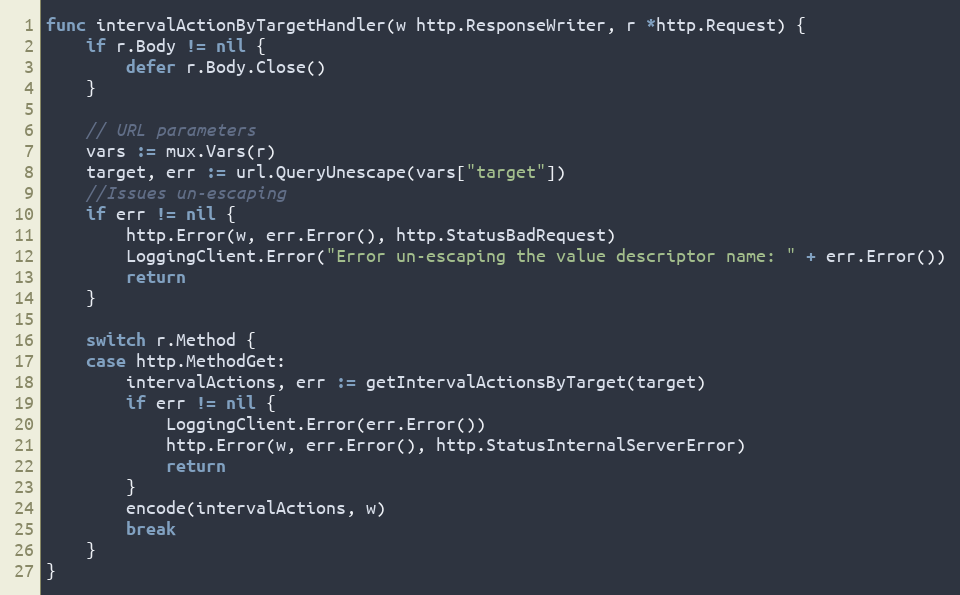
Language: Go
func intervalActionByTargetHandler(w http.ResponseWriter, r *http.Request) {
	if r.Body != nil {
		defer r.Body.Close()
	}

	// URL parameters
	vars := mux.Vars(r)
	target, err := url.QueryUnescape(vars["target"])
	//Issues un-escaping
	if err != nil {
		http.Error(w, err.Error(), http.StatusBadRequest)
		LoggingClient.Error("Error un-escaping the value descriptor name: " + err.Error())
		return
	}

	switch r.Method {
	case http.MethodGet:
		intervalActions, err := getIntervalActionsByTarget(target)
		if err != nil {
			LoggingClient.Error(err.Error())
			http.Error(w, err.Error(), http.StatusInternalServerError)
			return
		}
		encode(intervalActions, w)
		break
	}
}